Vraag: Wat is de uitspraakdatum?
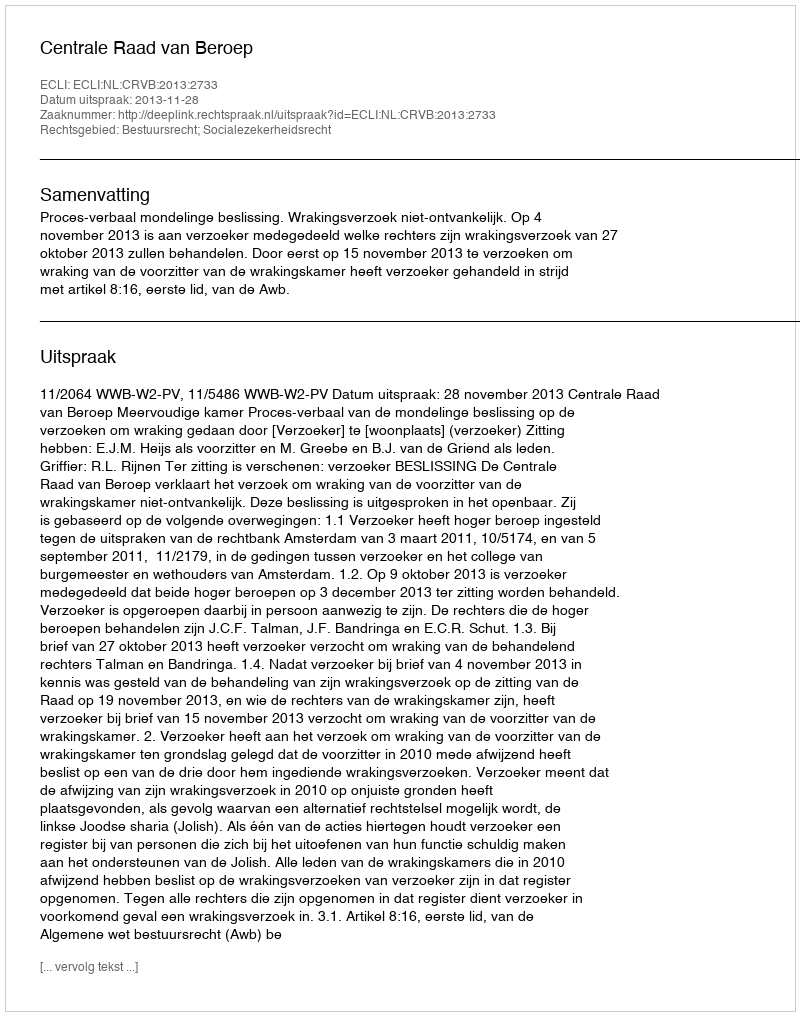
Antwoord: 2013-11-28